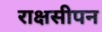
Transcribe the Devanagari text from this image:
राक्षसीपन